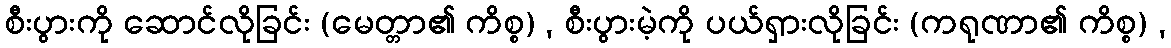
စီးပွားကို ဆောင်လိုခြင်း (မေတ္တာ၏ ကိစ္စ) , စီးပွားမဲ့ကို ပယ်ရှားလိုခြင်း (ကရုဏာ၏ ကိစ္စ) ,